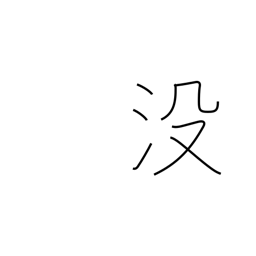
Meaning: sink